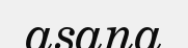
asana